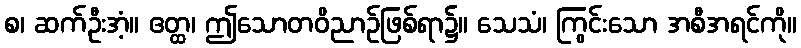
စ၊ ဆက်ဦးအံ့။ ဧတ္ထ၊ ဤသောတဝိညာဉ်ဖြစ်ရာ၌။ သေသံ၊ ကြွင်းသော အစီအရင်ကို။